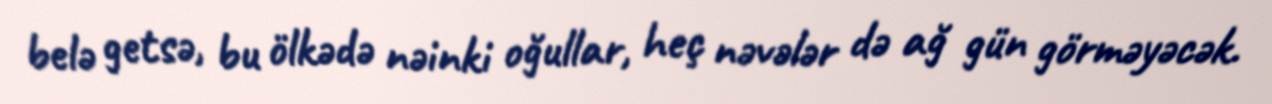
belə getsə, bu ölkədə nəinki oğullar, heç nəvələr də ağ gün görməyəcək.